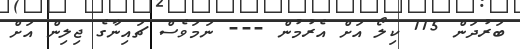
ބަރުދަން 115 ކިލޯ އަށް އެރުމުން --- ނަމަވެސް ޗައިނާގެ ޖިލިން އަށް